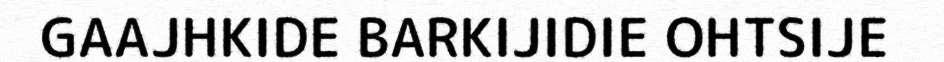
GAAJHKIDE BARKIJIDIE OHTSIJE